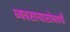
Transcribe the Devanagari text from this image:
व्यवसायासोबतची